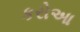
કરોઆ